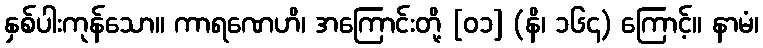
နှစ်ပါးကုန်သော။ ကာရဏေဟိ၊ အကြောင်းတို့ [၀၁] (နိ၊ ၁၆၄) ကြောင့်။ နာမံ၊